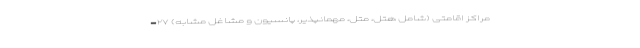
مراکز اقامتی (شامل هتل، متل، مهمانپذیر، پانسیون و مشاغل مشابه) ۲۷-